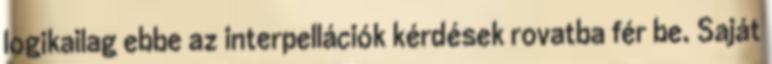
logikailag ebbe az interpellációk kérdések rovatba fér be. Saját